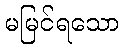
မမြင်ရသော